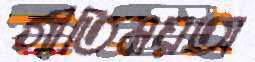
গীতিময়তা